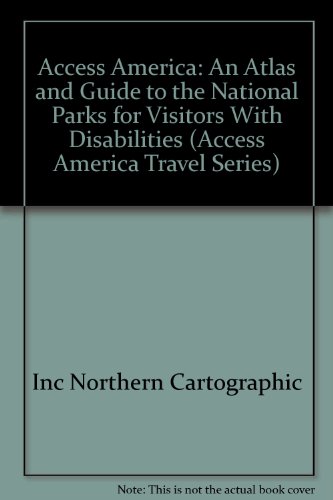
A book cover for Access America: An Atlas and Guide to the National Parks for Visitors With Disabilities (Access America Travel Series); Inc Northern Cartographic; Travel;